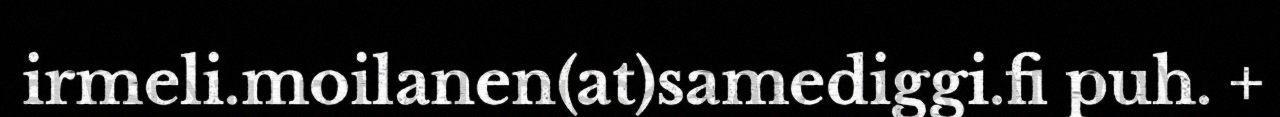
irmeli.moilanen(at)samediggi.fi puh. +